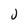
Character: j